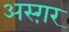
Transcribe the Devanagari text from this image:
अस्ग़र